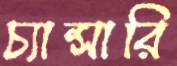
চ্যান্সারি